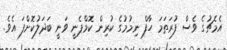
އެމެޗުގެ ވެސް ފުރަތަމަ ހާފް ނިމުމުގެ ކުރިން ކޮމްޕެނީ ވަނީ ބަދަލުކޮށްފަ އެވެ.